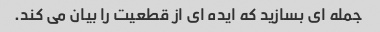
جمله ای بسازید که ایده ای از قطعیت را بیان می کند.